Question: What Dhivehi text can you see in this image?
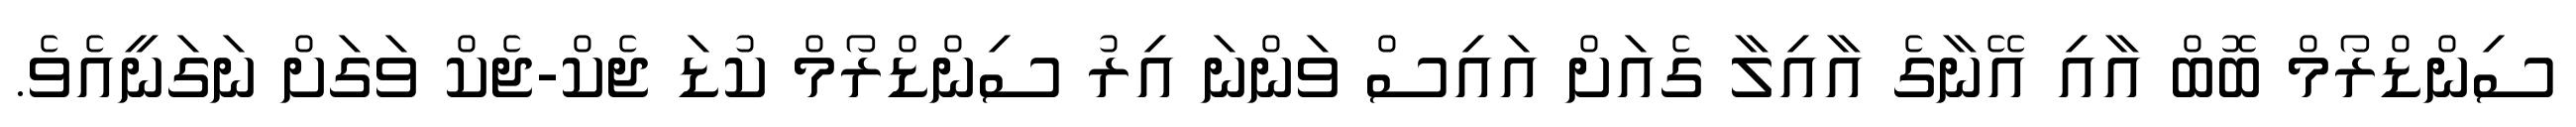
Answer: ސިންޑްރޯމް ބޮބް އާއި އޭނާގެ އާއިލާ ގެއަށް އައިސް ވަންނަ އިރު ސިންޑްރޯމް ކުޑަ ޖެކް-ޖެކް ވަގަށް ނަގަނީއެވެ.